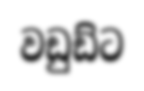
වඩුඩ්ට